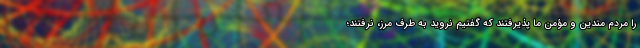
را مردم متدین و مؤمن ما پذیرفتند که گفتیم نروید به طرف مرز، نرفتند؛